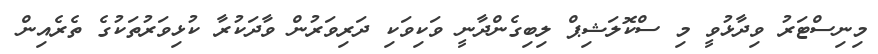
މިނިސްޓަރު ވިދާޅުވީ މި ސްކޮލަޝިޕް ލިބިގެންދާނީ ވަކިވަކި ދަރިވަރުން ވާދަކުރާ ކުޅިވަރުތަކުގެ ތެރެއިން